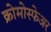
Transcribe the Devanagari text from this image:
क्रोमोस्फेअर